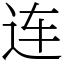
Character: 连